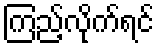
ကြည့်လိုက်ရင်